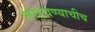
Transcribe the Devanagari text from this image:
सोडवण्याचीच